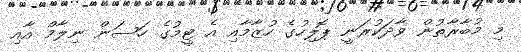
މި މުބާރާތުން ވާދަކުރަނީ ޕޮލިހުގެ ހުޒާމާއި އެ ޓީމުގެ ހަސަން ނިލާމް އާއި